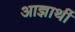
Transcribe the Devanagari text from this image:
आज्ञार्थी